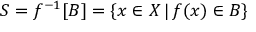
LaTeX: S = f ^ { - 1 } [ B ] = \{ x \in X \, | \, f ( x ) \in B \}